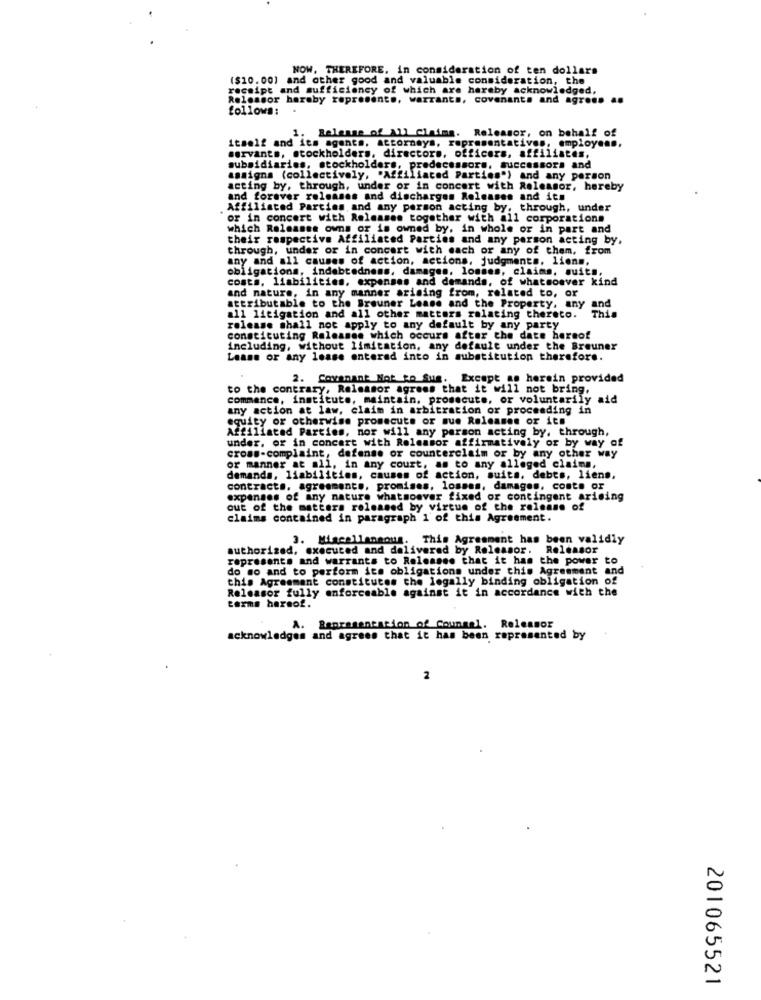
NOW. THEREFORE. in consideration of ten dollars
($10.00] and other good and valuable consideration, the
receipt and sufficiency of which are hereby acknowledged,
Relessor haraby represents, warrants, covenants and agron. ..
follows:
itself and its agents, attorneys, representatives, employees,
1. Release of All Claims. Releasor, on behalf of
servants, stockholders, directors, officers, affiliates,
subsidiaries, stockholders, predecessors, successors and
assigns (collectively, "Affiliated Parties") and any person
acting by, through, under or in concert with Rolessor, hereby
and forever releases and discharges Releases and its
Affiliated Parties and any person acting by, through, under
or in concert with Releases together with all corporations
which Releases owns or is owned by, in whole or in part and
their respective Affiliated Parties and any person acting by,
through, under or in concert with each or any of them, from
any and all causes of action, actions, judgments, liens,
obligations, indebtednens, damages, lognes, claims. suits,
costs, liabilities, expenses and demands, of whatsoever kind
and nature, in any manner arising from, related to, or
attributable to the Breuner Lease and the Property. any and
This
all litigation and all other matters relating thereto.
release shall not apply to any default by any party
constituting Releases which occurs after the date hereof
including, without limitation, any default under the Breuner
Lease or any lease entered into in substitution therefore.
2. Covenant Not to Sus. Except as herein provided
to the contrary, Relessor agrees that it will not bring,
commence, institute, maintain. prosecute, or voluntarily aid
any action at law, claim in arbitration or proceeding in
equity or otherwise promecuts or mue Releases or its
Affiliated Parties, nor will any person acting by, through,
under, or in concert with Rolensor affirmatively or by way of
cross-complaint, defense or counterclaim or by any other way
or manner at all, in any court, as to any alleged claims,
demands, liabilities, causes of action, suits. debts, liens,
contracts, agreements, promises, losses, damages, conte or
expenses of any nature whatsoever fixed or contingent arising
out of the matters released by virtue of the release of
claims contained in paragraph 1 of this Agreement.
3. Miscellaneous. This Agreement has been validly
authorized, executed and delivered by Releasor. Releasor
represente and warrants to Ralessee that it has the power to
do mo and to perform its obligations under this Agreement and
this Agreement constitutes the legally binding obligation of
Releasor fully enforceable against it in accordance with the
terms hereof.
A. Representation of Counsel. Releasor
acknowledges and agrees that it has been represented by
2
201065521